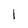
Character: 1